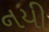
નયી